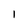
Character: I